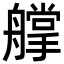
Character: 𦪦